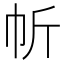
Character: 㠼